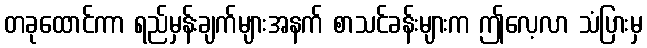
တခုထောင်ကာ ရည်မှန်းချက်များအနက် စာသင်ခန်းများက ဤလေ့လာ သံပြားမှ